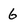
Character: 6